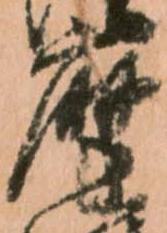
摩